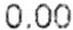
0.00